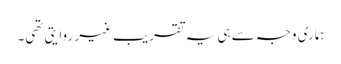
ہماری وجہ سے ہی یہ تقریب غیر روایتی تھی۔